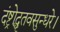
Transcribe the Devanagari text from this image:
दंष्ट्रोद्धृतवसुन्धरे।